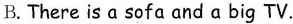
B.There is a sofa and a big TV.